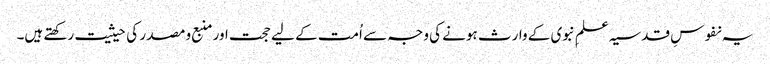
یہ نفوسِ قدسیہ علمِ نبوی کے وارث ہونے کی وجہ سے اُمت کے لیے حجت اور منبع و مصدر کی حیثیت رکھتے ہیں۔